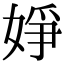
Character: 婙